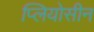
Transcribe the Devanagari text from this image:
प्लियोसीन